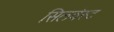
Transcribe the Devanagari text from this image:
सिलवेस्ट